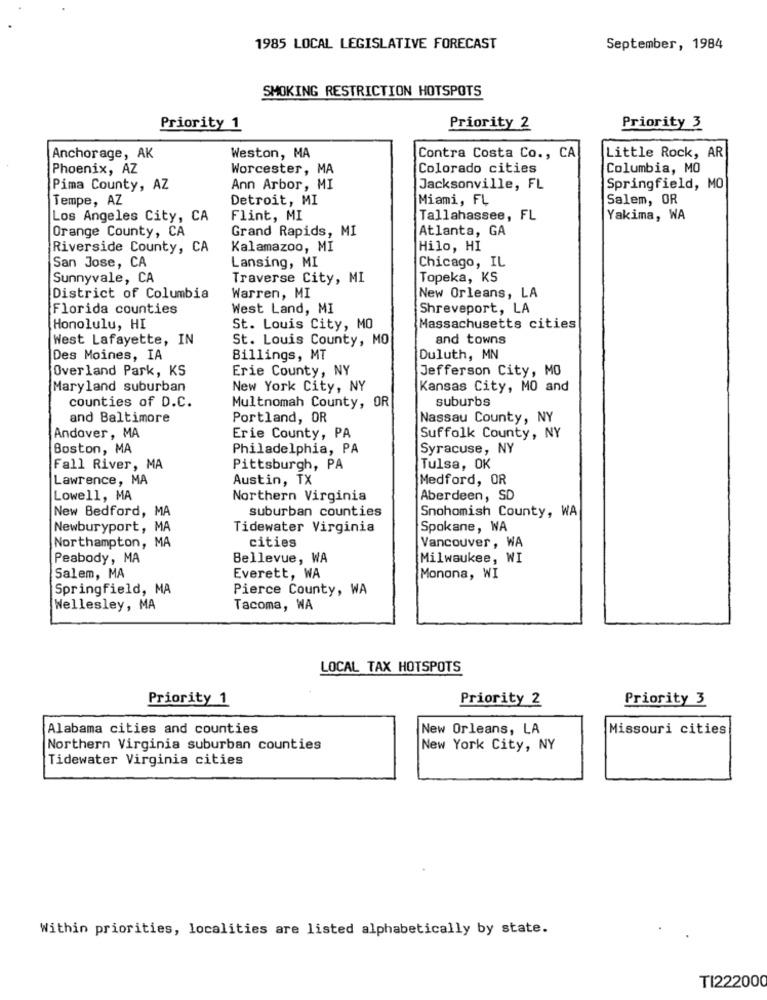
1985 LOCAL LEGISLATIVE FORECAST
September, 1984
SMOKING RESTRICTION HOTSPOTS
Priority 1
Priority 2
Priority 3
Anchorage, AK
Weston, MA
Contra Costa Co ., CA
Little Rock, AR
Phoenix, AZ
Worcester, MA
Colorado cities
Columbia, MO
Pima County, AZ
Ann Arbor, MI
Jacksonville, FL
Springfield, MO
Tempe, AZ
Detroit, MI
Miami, FL
Salem, OR
Los Angeles City, CA
Flint, MI
Tallahassee, FL
Yakima, WA
Orange County, CA
Grand Rapids, MI
Atlanta, GA
Riverside County, CA
Kalamazoo, MI
Hilo, HI
San Jose, CA
Lansing, MI
Chicago, IL
Sunnyvale, CA
Traverse City, MI
Topeka, KS
District of Columbia
Warren, MI
New Orleans, LA
Florida counties
West Land, MI
Shreveport, LA
Honolulu, HI
St. Louis City, MO
Massachusetts cities
West Lafayette, IN
St. Louis County, MO
and towns
Des Moines, IA
Billings, MT
Duluth, MN
Overland Park, KS
Erie County, NY
Jefferson City, MO
Maryland suburban
New York City, NY
Kansas City, MO and
suburbs
counties of D.C.
Multnomah County, OR
and Baltimore
Portland, OR
Nassau County, NY
Andover, MA
Erie County, PA
Suffolk County, NY
Boston, MA
Philadelphia, PA
Syracuse, NY
Fall River, MA
Pittsburgh, PA
Tulsa, OK
Lawrence, MA
Austin, TX
Medford, OR
Lowell, MA
Northern Virginia
Aberdeen, SD
New Bedford, MA
suburban counties
Snohomish County, WA
Newburyport, MA
Tidewater Virginia
Spokane, WA
Northampton, MA
cities
Vancouver , WA
Peabody, MA
Bellevue, WA
Milwaukee, WI
Salem, MA
Everett, WA
Monona, WI
Springfield, MA
Pierce County, WA
Wellesley, MA
Tacoma, WA
LOCAL TAX HOTSPOTS
Priority 1
Priority 2
Priority 3
Alabama cities and counties
New Orleans, LA
Missouri cities
Northern Virginia suburban counties
New York City, NY
Tidewater Virginia cities
Within priorities, localities are listed alphabetically by state.
TI222000